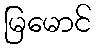
မြမောင်